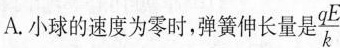
A.小球的速度为零时，弹簧伸长量是\frac{qE}{k}